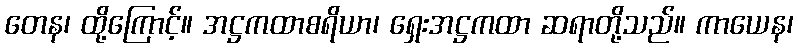
တေန၊ ထို့ကြောင့်။ အဋ္ဌကထာစရိယာ၊ ရှေးအဋ္ဌကထာ ဆရာတို့သည်။ ကာယေန၊